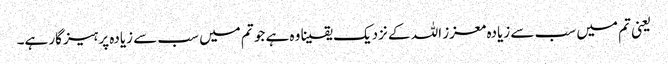
‌ یعنی تم میں سب سے زیادہ معزز اللہ کے نزدیک یقینا وہ ہے جو تم میں سب سے زیادہ پرہیزگار ہے۔